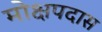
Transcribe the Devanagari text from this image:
मोक्षपदास